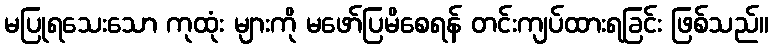
မပြုရသေးသော ကုထုံး များကို မဖော်ပြမိစေရန် တင်းကျပ်ထားရခြင်း ဖြစ်သည်။